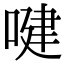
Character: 𠸻